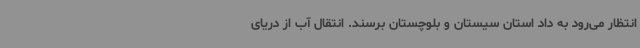
انتظار می‌رود به داد استان سیستان و بلوچستان برسند. انتقال آب از دریای